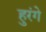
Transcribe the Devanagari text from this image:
हुरंगे